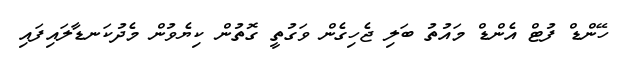
ހޭންޑް ފުޓް އެންޑް މައުތު ބަލި ޖެހިގެން ވަގުތީ ގޮތުން ކިޔެވުން މެދުކަނޑާލައިފައި